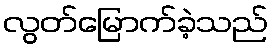
လွတ်မြောက်ခဲ့သည်